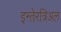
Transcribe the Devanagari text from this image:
इन्तेरत्रिअल